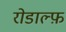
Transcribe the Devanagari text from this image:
रोडाल्फ़